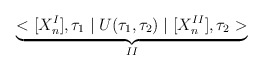
\begin{align*}\underbrace{<[X_{n}^{I}],\tau _{1}\mid U(\tau _{1},\tau _{2})\mid [X_{n}^{II}],\tau _{2}>}_{II}\end{align*}